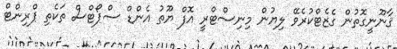
ޤާނޫނީގޮތުން ގެޒެޓްކުރެވޭ ލިޔުން މިނިސްޓްރީ އޮފް ޔޫތު އެންޑް ސްޕޯޓްސް ތަކެތި ޕްރިންޓް